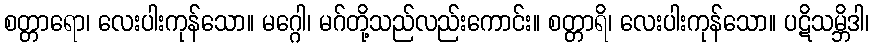
စတ္တာရော၊ လေးပါးကုန်သော။ မဂ္ဂေါ၊ မဂ်တို့သည်လည်းကောင်း။ စတ္တာရိ၊ လေးပါးကုန်သော။ ပဋိသမ္ဘိဒါ၊